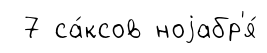
7 са́ксов ноjабр'я́